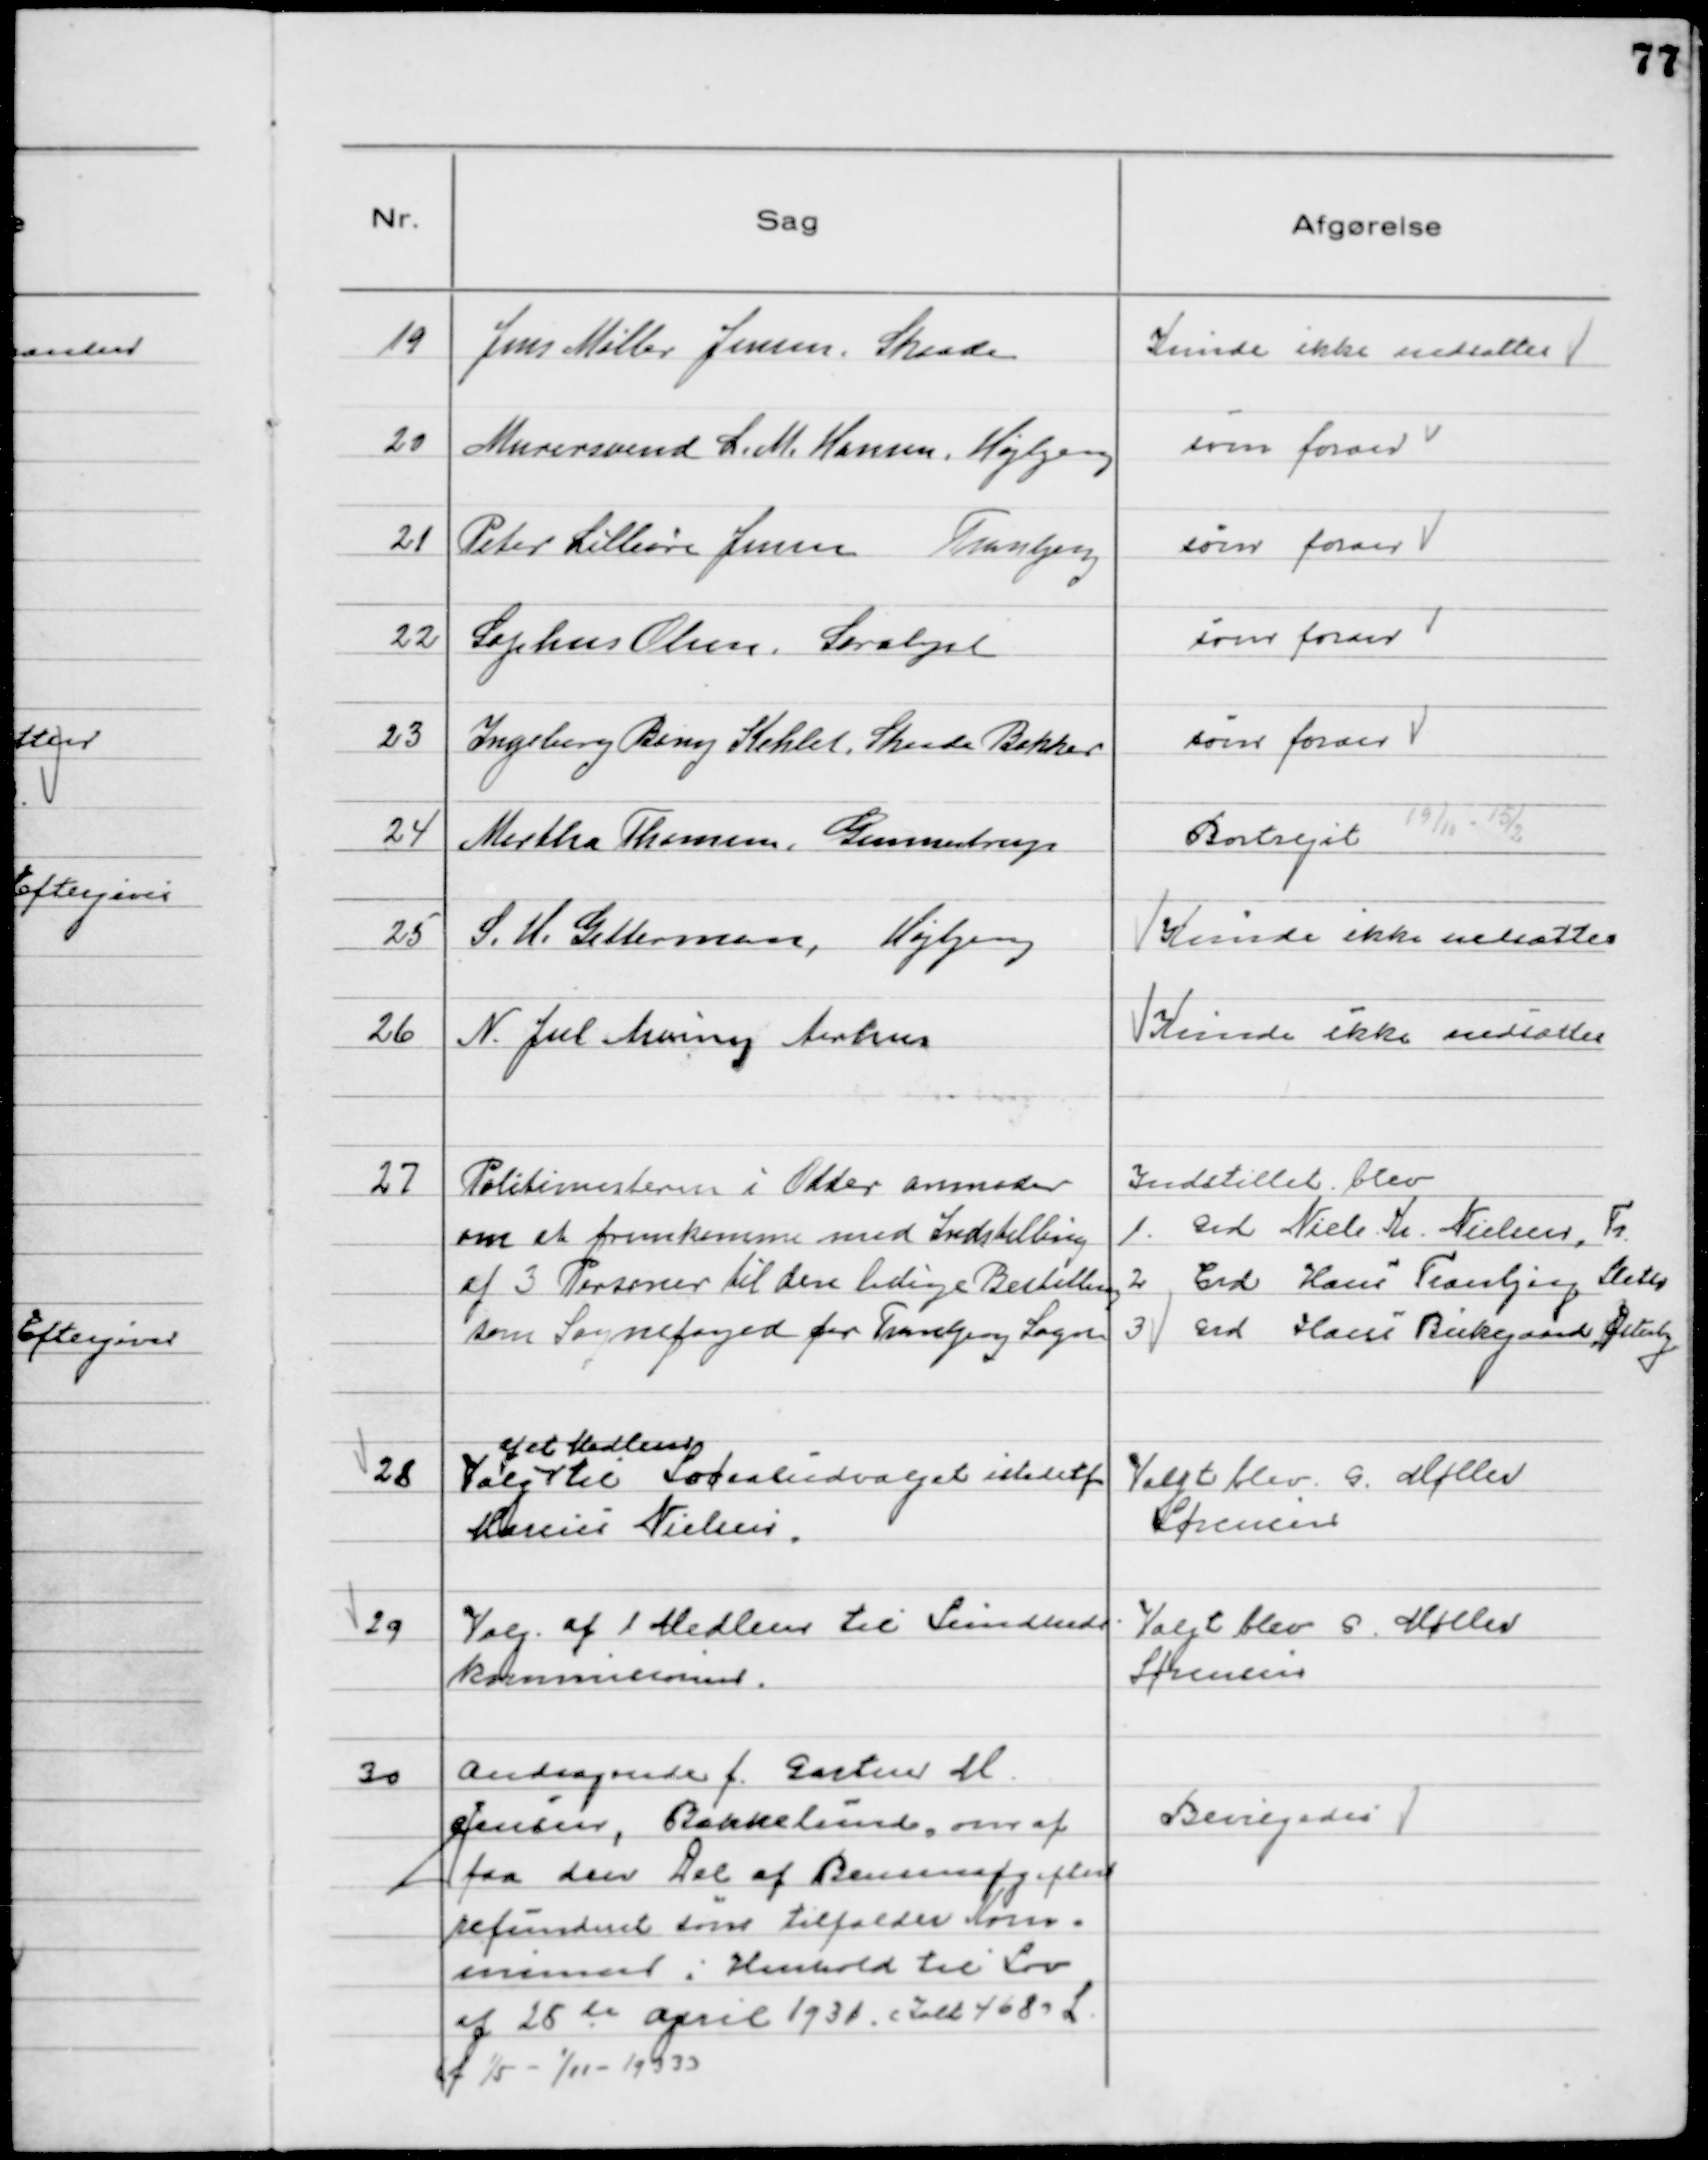
Transskription:
19
Jens Møller Jensen, Skaade

Kunde ikke nedsættes

20
Murersvend L. M. Hansen, Højbjerg

som foran

21
Peter Lilleøre Jensen Tranbjerg

som foran

22
Sophus Olsen, Saralyst

som foran

23
Ingeborg Bering Kehlet, Skaade Bakker

som foran

24
Martha Thomsen, Gunnestrup

Bortrejst 19/11 - 15/2

25
S. H. Getterman, Højbjerg

Kunde ikke nedsættes

26
N. Jul Arving Aarhus

Kunde ikke nedsættes

27
Politimesteren i Odder anmoder
om at fremkomme med Indstilling
af 3 Personer til den ledige Bestilling
som Sognefoged for Tranbjerg Sogn

Indstillet blev
1. Grd Niels Kr. Nielsen, Tr
2. Grd Hans Tranbjerg Sleth
3. Grd Hans Birkegaard, Østerby

28
Valg
af et Medlem
til Socialudvalget istedetfor
Marius Nielsen.

Valgt blev G. Møller
Sørensen

29
Valg af 1 Medlem tilSundheds-
kommissionen.

Valgt blev G. Møller
Sørensen

30
Andragende f. Gartner M.
Jensen, Bækkelund, om at
faa den Del af Bensinafgiften
refunderet som tilfalder Kom-
munen i Henhold til Lov
af 25 de April 1931. ( alt 468) L.
(f 1/5 - 1/11 - 1933)

Bevilgedes